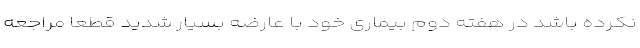
نکرده باشد در هفته دوم بیماری خود با عارضه بسیار شدید قطعا مراجعه